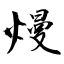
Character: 熳